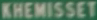
KHEMISSET